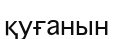
қуғанын